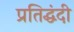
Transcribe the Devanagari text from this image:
प्रतिद्घंदी